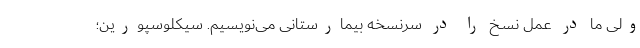
ولی ما در عمل نسخ را در سرنسخه بیمارستانی می‌نویسیم. سیکلوسپورین؛